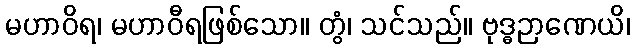
မဟာဝိရ၊ မဟာဝီရဖြစ်သော။ တွံ၊ သင်သည်။ ဗုဒ္ဓဉာဏေယိ၊